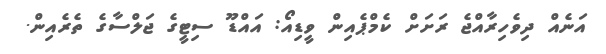
އަނެއް ދިވެހިރާއްޖެ ރަށަށް ކެމްޕެއިން ވީޑިއޯ: އައްޑޫ ސިޓީގެ ޖަލްސާގެ ތެރެއިން.